Civil Veterinary Department Bihar & Orissa reports 1922-29 - 1922-1929
Year: 1922
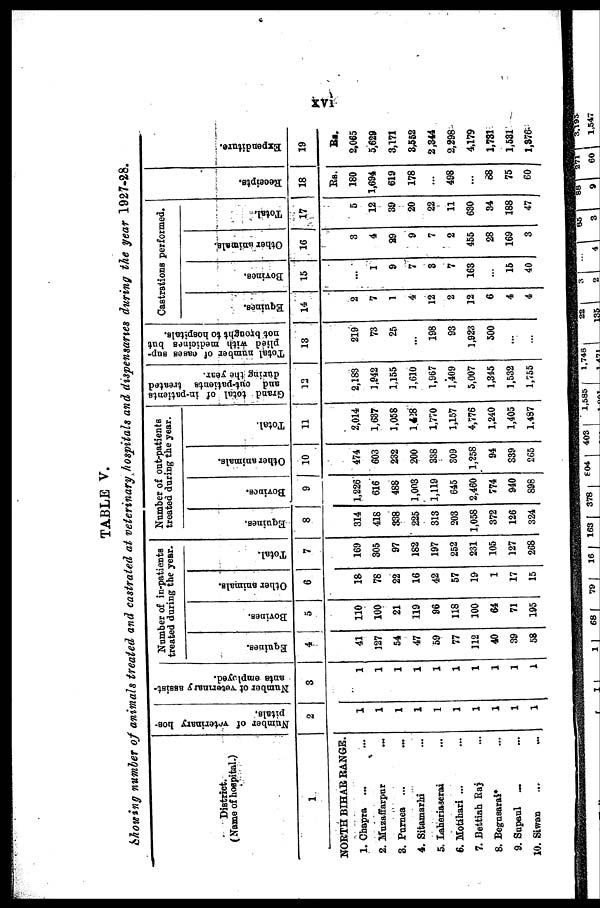
TABLE V.
Showing number of animals treated and castrated at veterinary hospitals and dispensaries during the year 1927-28.
District.
( Name of hospital.)
1
NORTH BIHAR RANGE.
1. Chapra ...
2. Muzaffarpur
3. Purnea ...
4. Sitamarhi
5. Laheriaserai
6. Motahari ...
7. Bettiah Raj
8. Begusarai*
9. Supaul
_
10. Siwan
...
...
Number of veterinary hos-
pitals.
2
1
1
1
1
1
1
1
1
1
1
Number of "veterinary assist-
ants employed.
3
1
1
1
1
1
1
1
1
1
1
Number of in-patients
treated during the year.
Equines.
4
41
127
54
47
59
77
112
40
39
58
Bovines.
5
110
100
21
119
96
118
100
64
71
195
Other animal
6
18
78
22
16
42
57
19
1
17
15
Total.
7
169
805
97
182
197
252
231
105
127
268
Number of out-patients
treated during the year.
Equines.
8
314
418
338
225
313
203
1,058
372
126
324
Bovincs.
9
1,226
616
488
1,003
1,119
645
2,460
774
940
898
Other animals.
10
474
603
232
200
388
309
1,258
94
339
265
Total.
11
2,014
1,637
1,058
1428
1,770
1,157
4,776
1,240
1,405
1.497
Grand total of in-patients
and out-patients treated
during the year.
12
2.183
1,942
1,155
1,610
1,967
1,409
5,007
l,345
1,532
1,755
Total number of oases sup-
plied with medicines but
not brought to hospitals.
13
219
73
25
...
198
93
1,923
500
...
...
Castrations performed.
Equines.
14
2
7
1
4
12
2
12
6
4
4
Bovines.
15
...
1
9
7
8
7
163
...
15
40
Ot her animal
16
3
4
29
9
7
2
455
28
169
3
Tot al .
17
5
12
39
20
22
11
630
34
188
47
Recei pt s .
18
Rs.
180
1,694
619
178
...
498
...
88
75
60
Expendi t
ur e.
19
Rs.
2,065
5,629
3,171
3,552
2,344
2,298
4,179
1,781
1,581
1,876